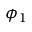
\phi _ { 1 }